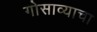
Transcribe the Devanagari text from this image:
गोसाव्याचा